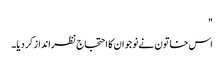
"
اس خاتون نے نوجوان کا احتجاج نظرانداز کر دیا۔